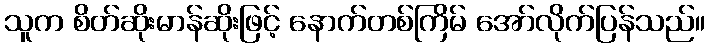
သူက စိတ်ဆိုးမာန်ဆိုးဖြင့် နောက်တစ်ကြိမ် အော်လိုက်ပြန်သည်။